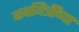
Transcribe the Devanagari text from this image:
कवयित्रींच्या